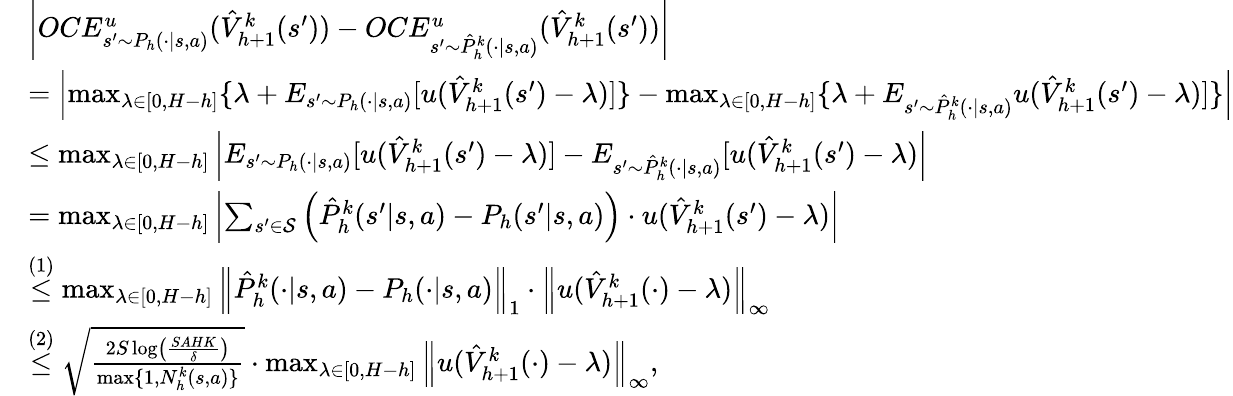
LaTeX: \begin{array}{rl}&{\left|OCE_{s^{\prime}\sim P_{h}(\cdot\vert s,a)}^{u}(\hat{V}_{h+1}^{k}(s^{\prime}))-OCE_{s^{\prime}\sim\hat{P}_{h}^{k}(\cdot\vert s,a)}^{u}(\hat{V}_{h+1}^{k}(s^{\prime}))\right|}\\ &{=\left|\operatorname*{max}_{\lambda\in[0,H-h]}\{ \lambda+E_{s^{\prime}\sim P_{h}(\cdot\vert s,a)}[u(\hat{V}_{h+1}^{k}(s^{\prime})-\lambda)]\} -\operatorname*{max}_{\lambda\in[0,H-h]}\{ \lambda+E_{s^{\prime}\sim\hat{P}_{h}^{k}(\cdot\vert s,a)}u(\hat{V}_{h+1}^{k}(s^{\prime})-\lambda)]\} \right|}\\ &{\leq\operatorname*{max}_{\lambda\in[0,H-h]}\left|E_{s^{\prime}\sim P_{h}(\cdot\vert s,a)}[u(\hat{V}_{h+1}^{k}(s^{\prime})-\lambda)]-E_{s^{\prime}\sim\hat{P}_{h}^{k}(\cdot\vert s,a)}[u(\hat{V}_{h+1}^{k}(s^{\prime})-\lambda)\right|}\\ &{=\operatorname*{max}_{\lambda\in[0,H-h]}\left\vert\sum_{s^{\prime}\in\mathcal{S}}\left(\hat{P}_{h}^{k}(s^{\prime}\vert s,a)-P_{h}(s^{\prime}\vert s,a)\right)\cdot u(\hat{V}_{h+1}^{k}(s^{\prime})-\lambda)\right\vert}\\ &{\overset{(1)}{\leq}\operatorname*{max}_{\lambda\in[0,H-h]}\left\Vert\hat{P}_{h}^{k}(\cdot\vert s,a)-P_{h}(\cdot\vert s,a)\right\Vert_{1}\cdot\left\Vert u(\hat{V}_{h+1}^{k}(\cdot)-\lambda)\right\Vert_{\infty}}\\ &{\overset{(2)}{\leq}\sqrt{\frac{2S\log\left(\frac{SAHK}{\delta}\right)}{\operatorname*{max}\{ 1,N_{h}^{k}(s,a)\} }}\cdot\operatorname*{max}_{\lambda\in[0,H-h]}\left\Vert u(\hat{V}_{h+1}^{k}(\cdot)-\lambda)\right\Vert_{\infty},}\end{array}